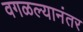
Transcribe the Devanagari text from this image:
वगळल्यानंतर